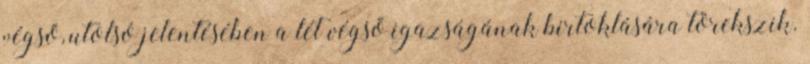
végső, utolsó jelentésében a lét végső igazságának birtoklására törekszik.